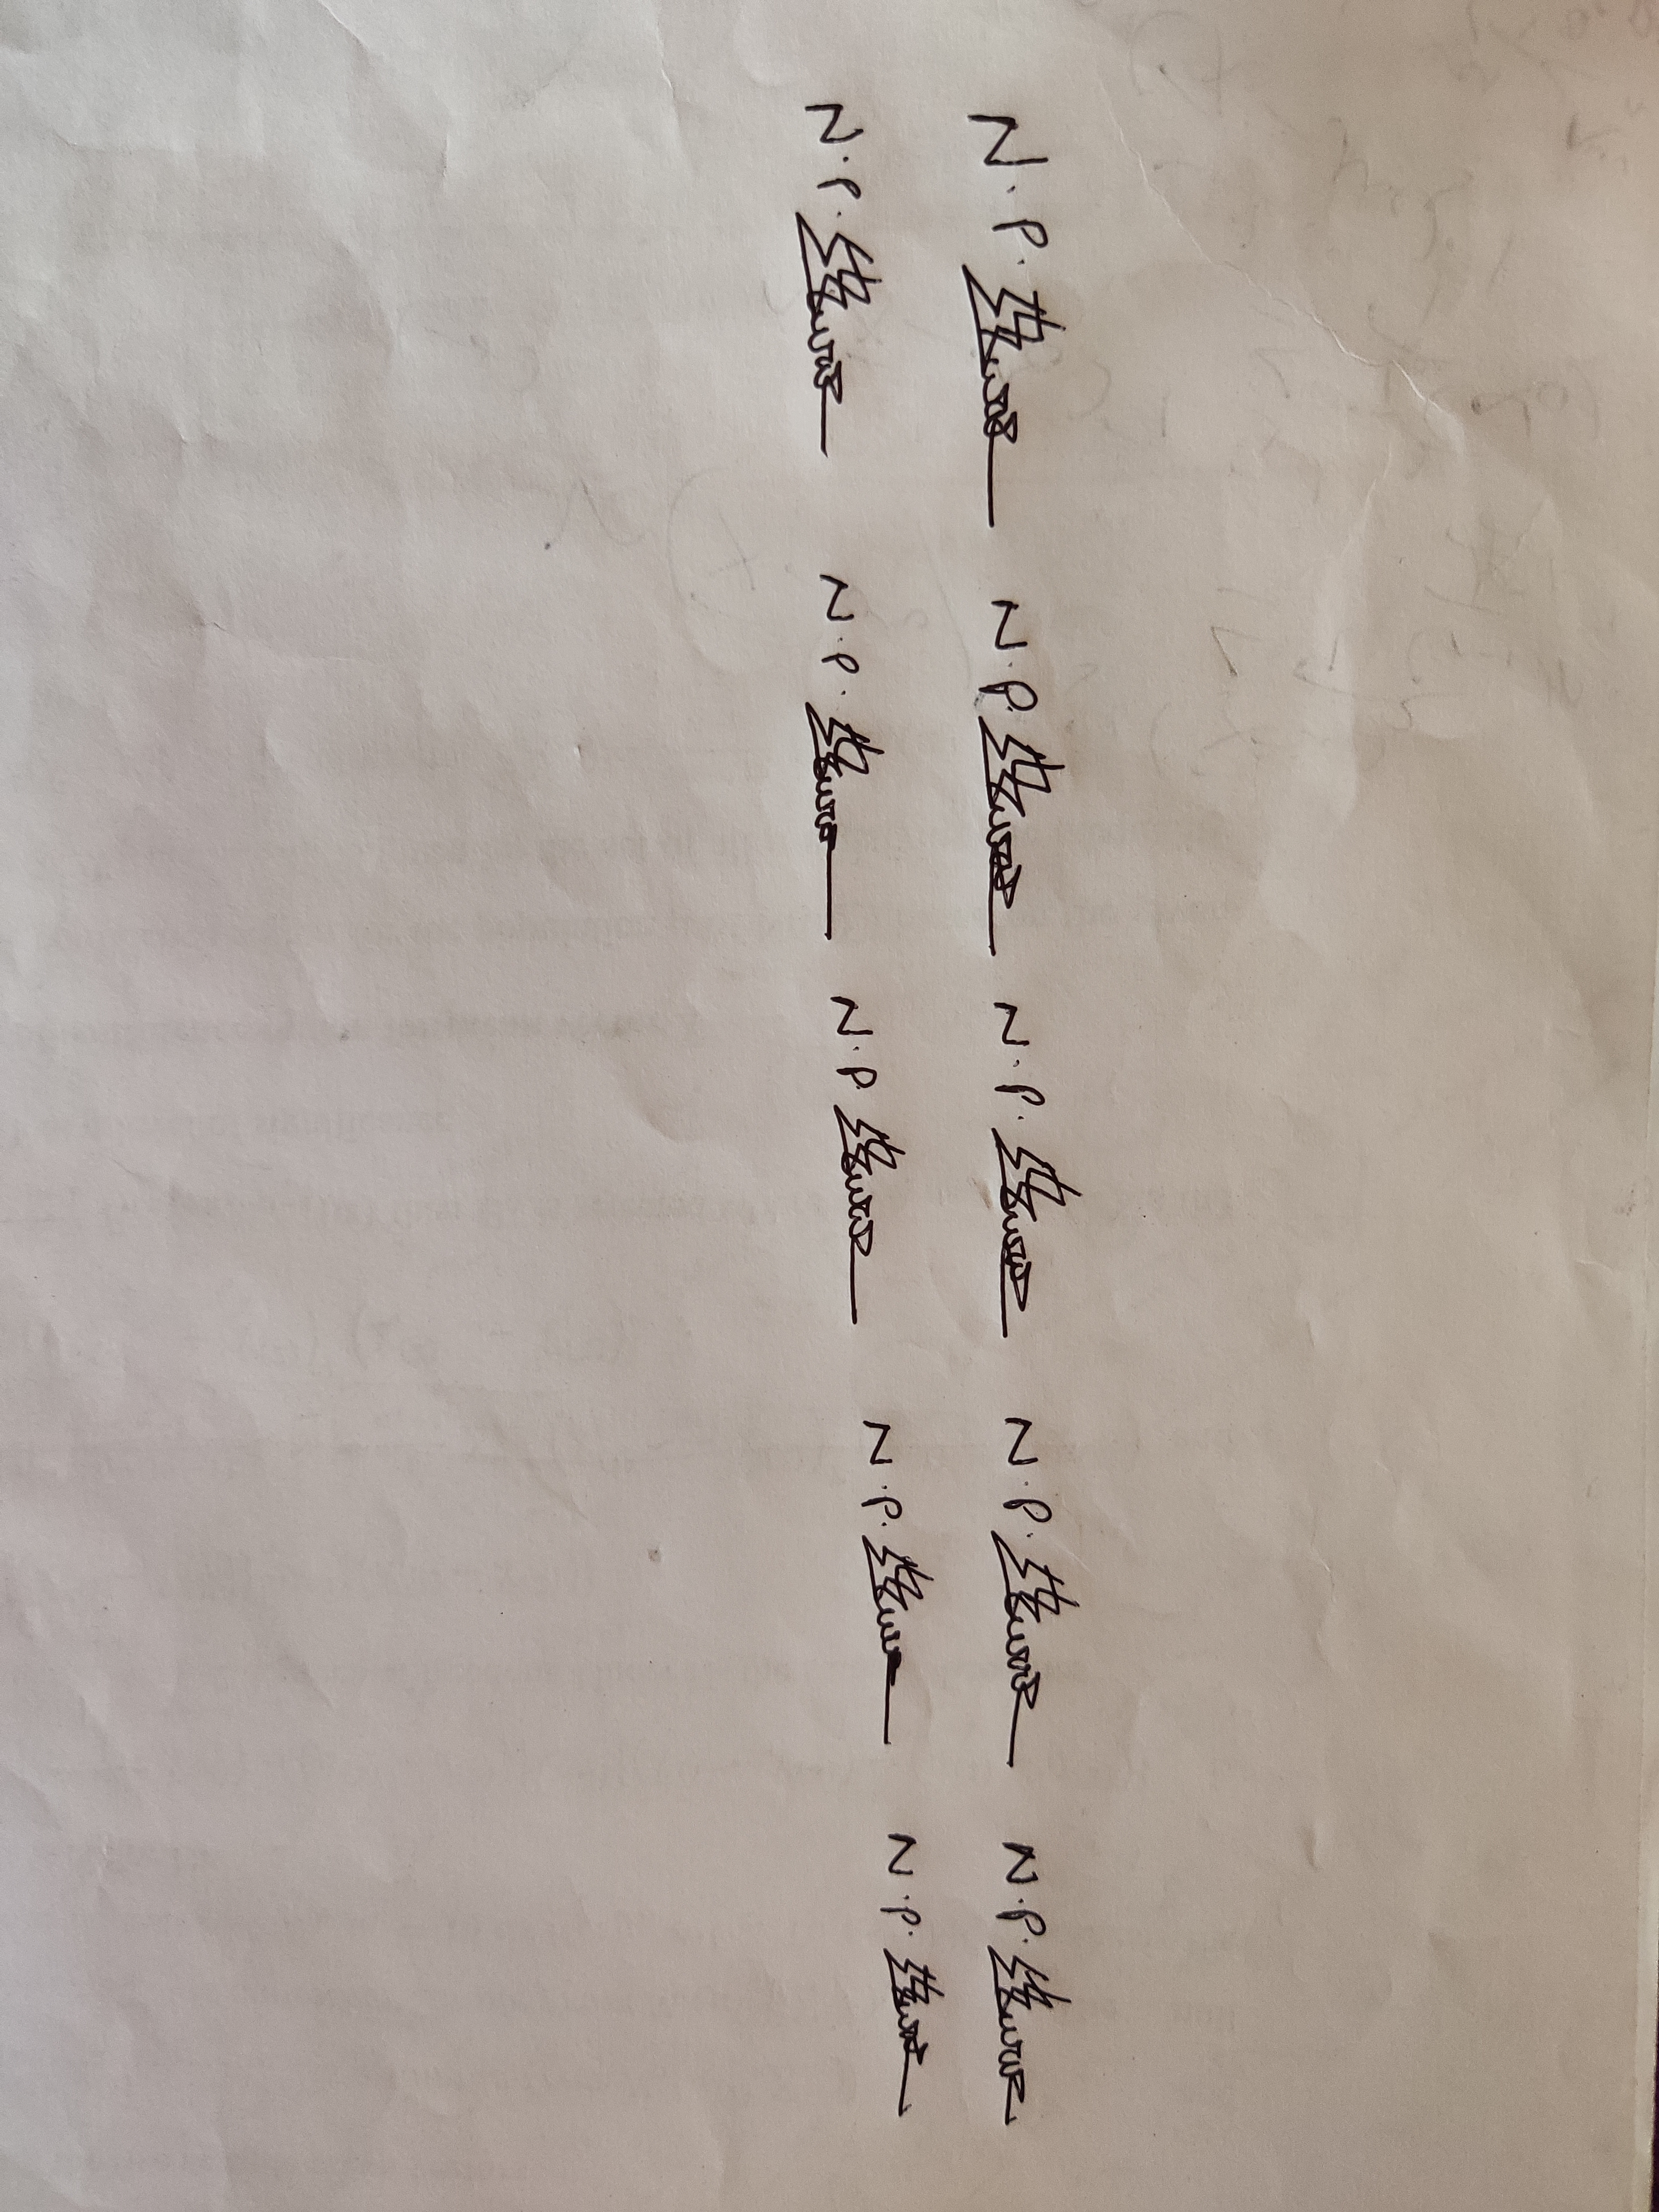
Signature authenticity: genuine